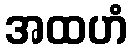
အထဟံ